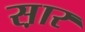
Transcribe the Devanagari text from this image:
स़ार